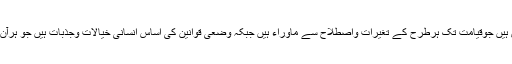
فقہ اسلامی کا سرچشمہ یہی نصوص ہیں جوقیامت تک ہرطرح کے تغیرات واصطلاح سے ماوراء ہیں جبکہ وضعی قوانین کی اساس انسانی خیالات وجذبات ہیں جو ہرآن وزمان تغیر وتبدیلی سے دوچار ہیں۔